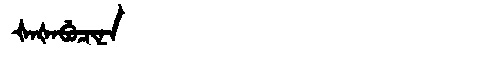
Manchu: ᡧᠠᡧᠠᠪᡠᠴᡳᠨᠠ
Romanization: ŠAŠABUCINA